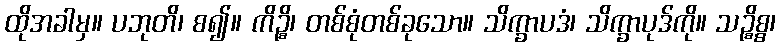
ထိုအခါမှ။ ပဘုတိ၊ စ၍။ ကိဉ္စိ၊ တစ်စုံတစ်ခုသော။ သိက္ခာပဒံ၊ သိက္ခာပုဒ်ကို။ သဉ္စိစ္စ၊